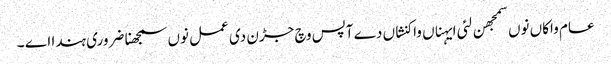
عام واکاں نوں سمجھن لئی ایہناں واکنشاں دے آپس وچ جڑن دی عمل نوں سمجھنا ضروری ہندا اے ۔